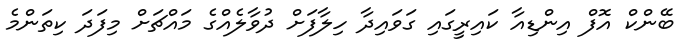
ބޭންކް އޮފް އިންޑިއާ ކައިރީގައި ގަވައިދާ ހިލާފަށް ދުވާލެއްގެ މައްޗަށް މިފަދަ ކިތަންމެ